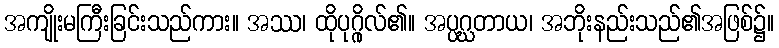
အကျိုးမကြီးခြင်းသည်ကား။ အဿ၊ ထိုပုဂ္ဂိုလ်၏။ အပ္ပဂ္ဃတာယ၊ အဘိုးနည်းသည်၏အဖြစ်၌။